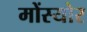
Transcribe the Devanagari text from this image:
मोंस्योर